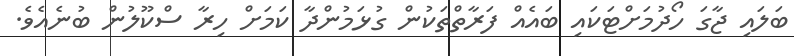
ބަލައި ޖާގަ ހޯދުމަށްޓަކައި ބައެއް ފަރާތްތަކުން ގުޅަމުންދާ ކަމަށް ހިރާ ސްކޫލުން ބުނެއެވެ.